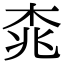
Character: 𣑯